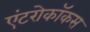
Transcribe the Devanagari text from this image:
एंटरोकॉकस